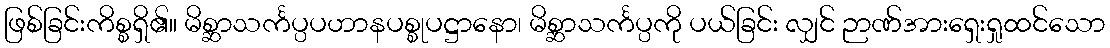
ဖြစ်ခြင်းကိစ္စရှိ၏။ မိစ္ဆာသင်္ကပ္ပပဟာနပစ္စုပဋ္ဌာနော၊ မိစ္ဆာသင်္ကပ္ပကို ပယ်ခြင်း လျှင် ဉာဏ်အားရှေးရှုထင်သော